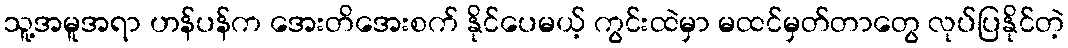
သူ့အမူအရာ ဟန်ပန်က အေးတိအေးစက် နိုင်ပေမယ့် ကွင်းထဲမှာ မထင်မှတ်တာတွေ လုပ်ပြနိုင်တဲ့